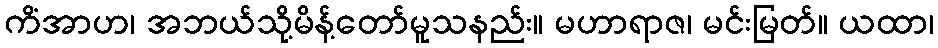
ကိံအာဟ၊ အဘယ်သို့မိန့်တော်မူသနည်း။ မဟာရာဇ၊ မင်းမြတ်။ ယထာ၊